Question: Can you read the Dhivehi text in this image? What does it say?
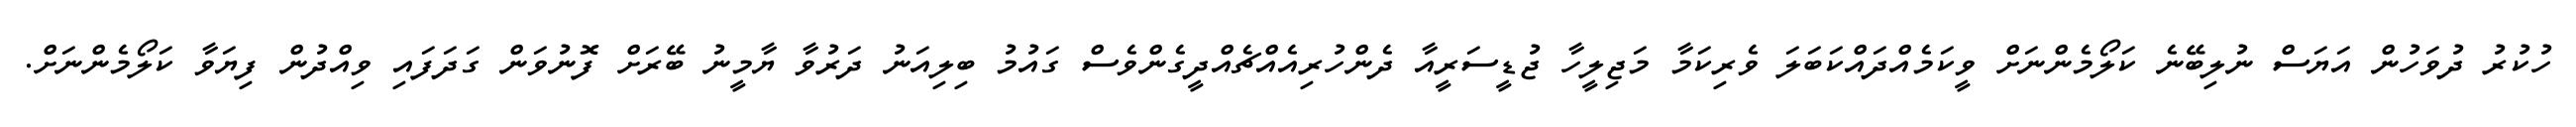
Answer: ހުކުރު ދުވަހުން އަޔަސް ނުލިބޭނެ ކަލޯމެންނަށް ވީކަމެއްދައްކަބަލަ ވެރިކަމާ މަޖިލީހާ ޖުޑީސަރީއާ ދެންހުރިއެއްޗެއްދީގެންވެސް ގައުމު ބިލިއަނު ދަރުވާ ޔާމީނު ބޭރަށް ފޮނުވަން ގަދަފައި ވިއްދުން ފިޔަވާ ކަލޯމެންނަށް.